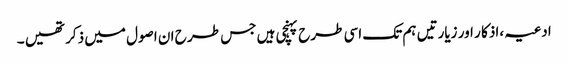
ادعیہ ،اذکا ر اور زیارتیں ہم تک اسی طرح پہنچی ہیں جس طر ح ان اصول میں ذکر تھیں ۔